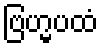
ဗြဟ္မပထံ